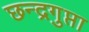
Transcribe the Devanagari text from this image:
छन्द्रगुप्ता